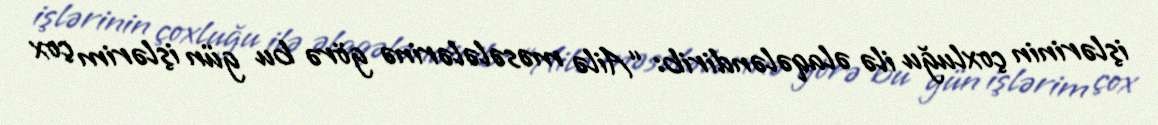
işlərinin çoxluğu ilə əlaqələndirib: “Ailə məsələlərinə görə bu gün işlərim çox